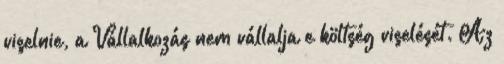
viselnie, a Vállalkozás nem vállalja e költség viselését. Az